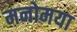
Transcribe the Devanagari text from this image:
मनोमया